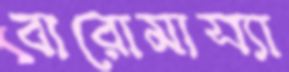
বারোমাস্যা